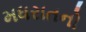
મધરાતનો